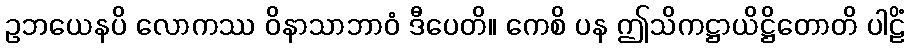
ဥဘယေနပိ လောကဿ ဝိနာသာဘာဝံ ဒီပေတိ။ ကေစိ ပန ဤသိကဋ္ဌာယိဋ္ဌိတောတိ ပါဠိံ